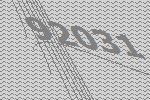
92031